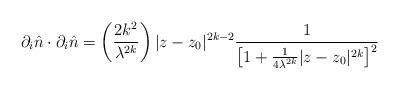
LaTeX: \begin{align*}\partial _{i}\hat{n}\cdot \partial _{i}\hat{n}=\left( \frac{2 k^{2}}{\lambda ^{2k}}\right) |z -z_{0}|^{2k-2} \frac{1}{\left[1+\frac{1}{4 \lambda^{2k}}|z-z_{0}|^{2 k}\right]^{2}}\end{align*}